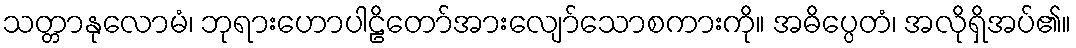
သတ္တာနုလောမံ၊ ဘုရားဟောပါဠိတော်အားလျော်သောစကားကို။ အဓိပ္ပေတံ၊ အလိုရှိအပ်၏။